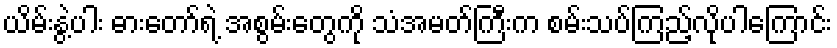
ယိမ်းနွဲ့ပါး ဓားတော်ရဲ့ အစွမ်းတွေကို သံအမတ်ကြီးက စမ်းသပ်ကြည့်လိုပါကြောင်း